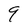
Character: 9